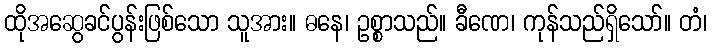
ထိုအဆွေခင်ပွန်းဖြစ်သော သူအား။ ဓနေ၊ ဥစ္စာသည်။ ခီဏေ၊ ကုန်သည်ရှိသော်။ တံ၊